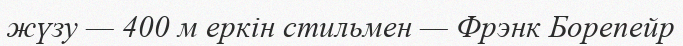
жүзу — 400 м еркін стильмен — Фрэнк Борепейр